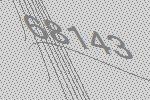
68143